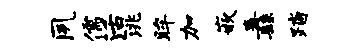
夙儒活洮眸加嵌纛踏